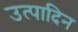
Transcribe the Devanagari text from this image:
उत्पादिन